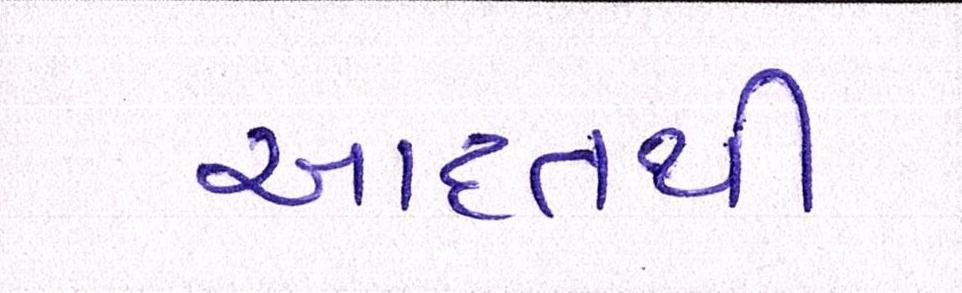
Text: આદતથી